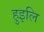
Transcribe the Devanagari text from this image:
हुइलि